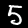
Digit: 5